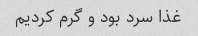
غذا سرد بود و گرم کردیم